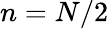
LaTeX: n=N/2